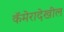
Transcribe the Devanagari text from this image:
कॅमेरादेखील